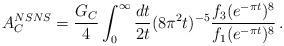
LaTeX: \begin{align*}A^{NSNS}_C = {G_C\over 4}\int_0^\infty{dt\over 2t} (8\pi^2t)^{-5}{f_3(e^{-\pi t})^8\over f_1(e^{-\pi t})^8}\,.\end{align*}